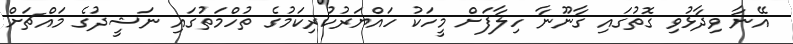
އޭނާ ވިދާޅުވި ގޮތުގައި ގާނޫނާ ހިލާފަށް މީހަކު ހައްޔަރުކުރިކަމުގެ ތުހްމަތުގައި ނަޝީދުގެ މައްޗަށް